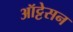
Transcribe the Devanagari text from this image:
ऑट्टेसन